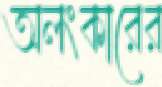
অলংকারের